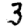
Digit: 3